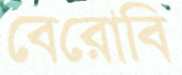
বেরোবি